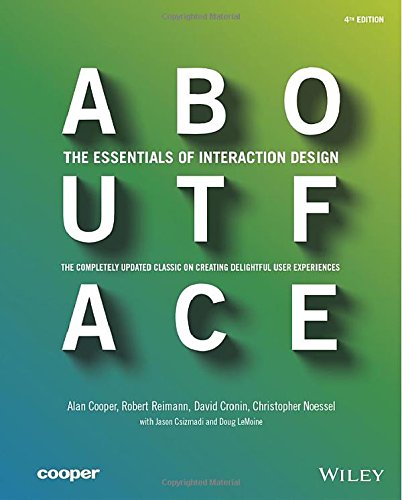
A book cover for About Face: The Essentials of Interaction Design; Alan Cooper; Computers & Technology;